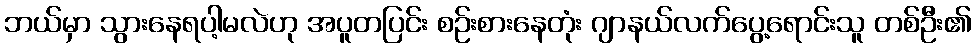
ဘယ်မှာ သွားနေရပါ့မလဲဟု အပူတပြင်း စဉ်းစားနေတုံး ဂျာနယ်လက်ပွေ့ရောင်းသူ တစ်ဦး၏